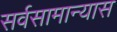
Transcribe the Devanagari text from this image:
सर्वसामान्यास